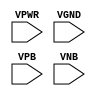
module sky130_fd_sc_hdll__tap (
    VPWR,
    VGND,
    VPB ,
    VNB
);

    input VPWR;
    input VGND;
    input VPB ;
    input VNB ;
endmodule